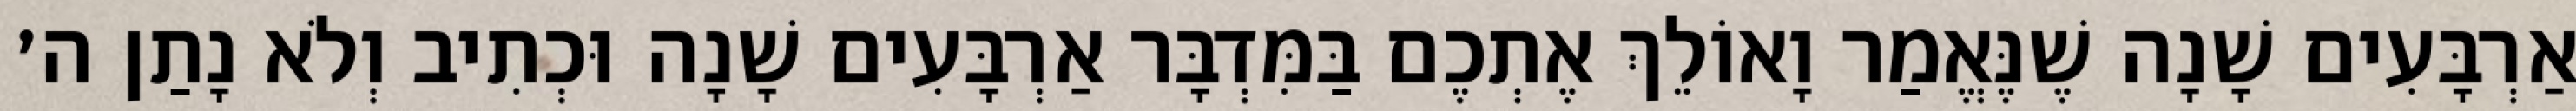
אַרְבָּעִים שָׁנָה שֶׁנֶּאֱמַר וָאוֹלֵךְ אֶתְכֶם בַּמִּדְבָּר אַרְבָּעִים שָׁנָה וּכְתִיב וְלֹא נָתַן ה׳